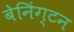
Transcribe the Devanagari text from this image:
बेनिंग्टन